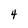
Character: 4